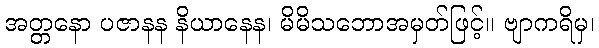
အတ္တနော ပဇာနန နိယာနေန၊ မိမိသဘောအမှတ်ဖြင့်။ ဗျာကရိမှ၊